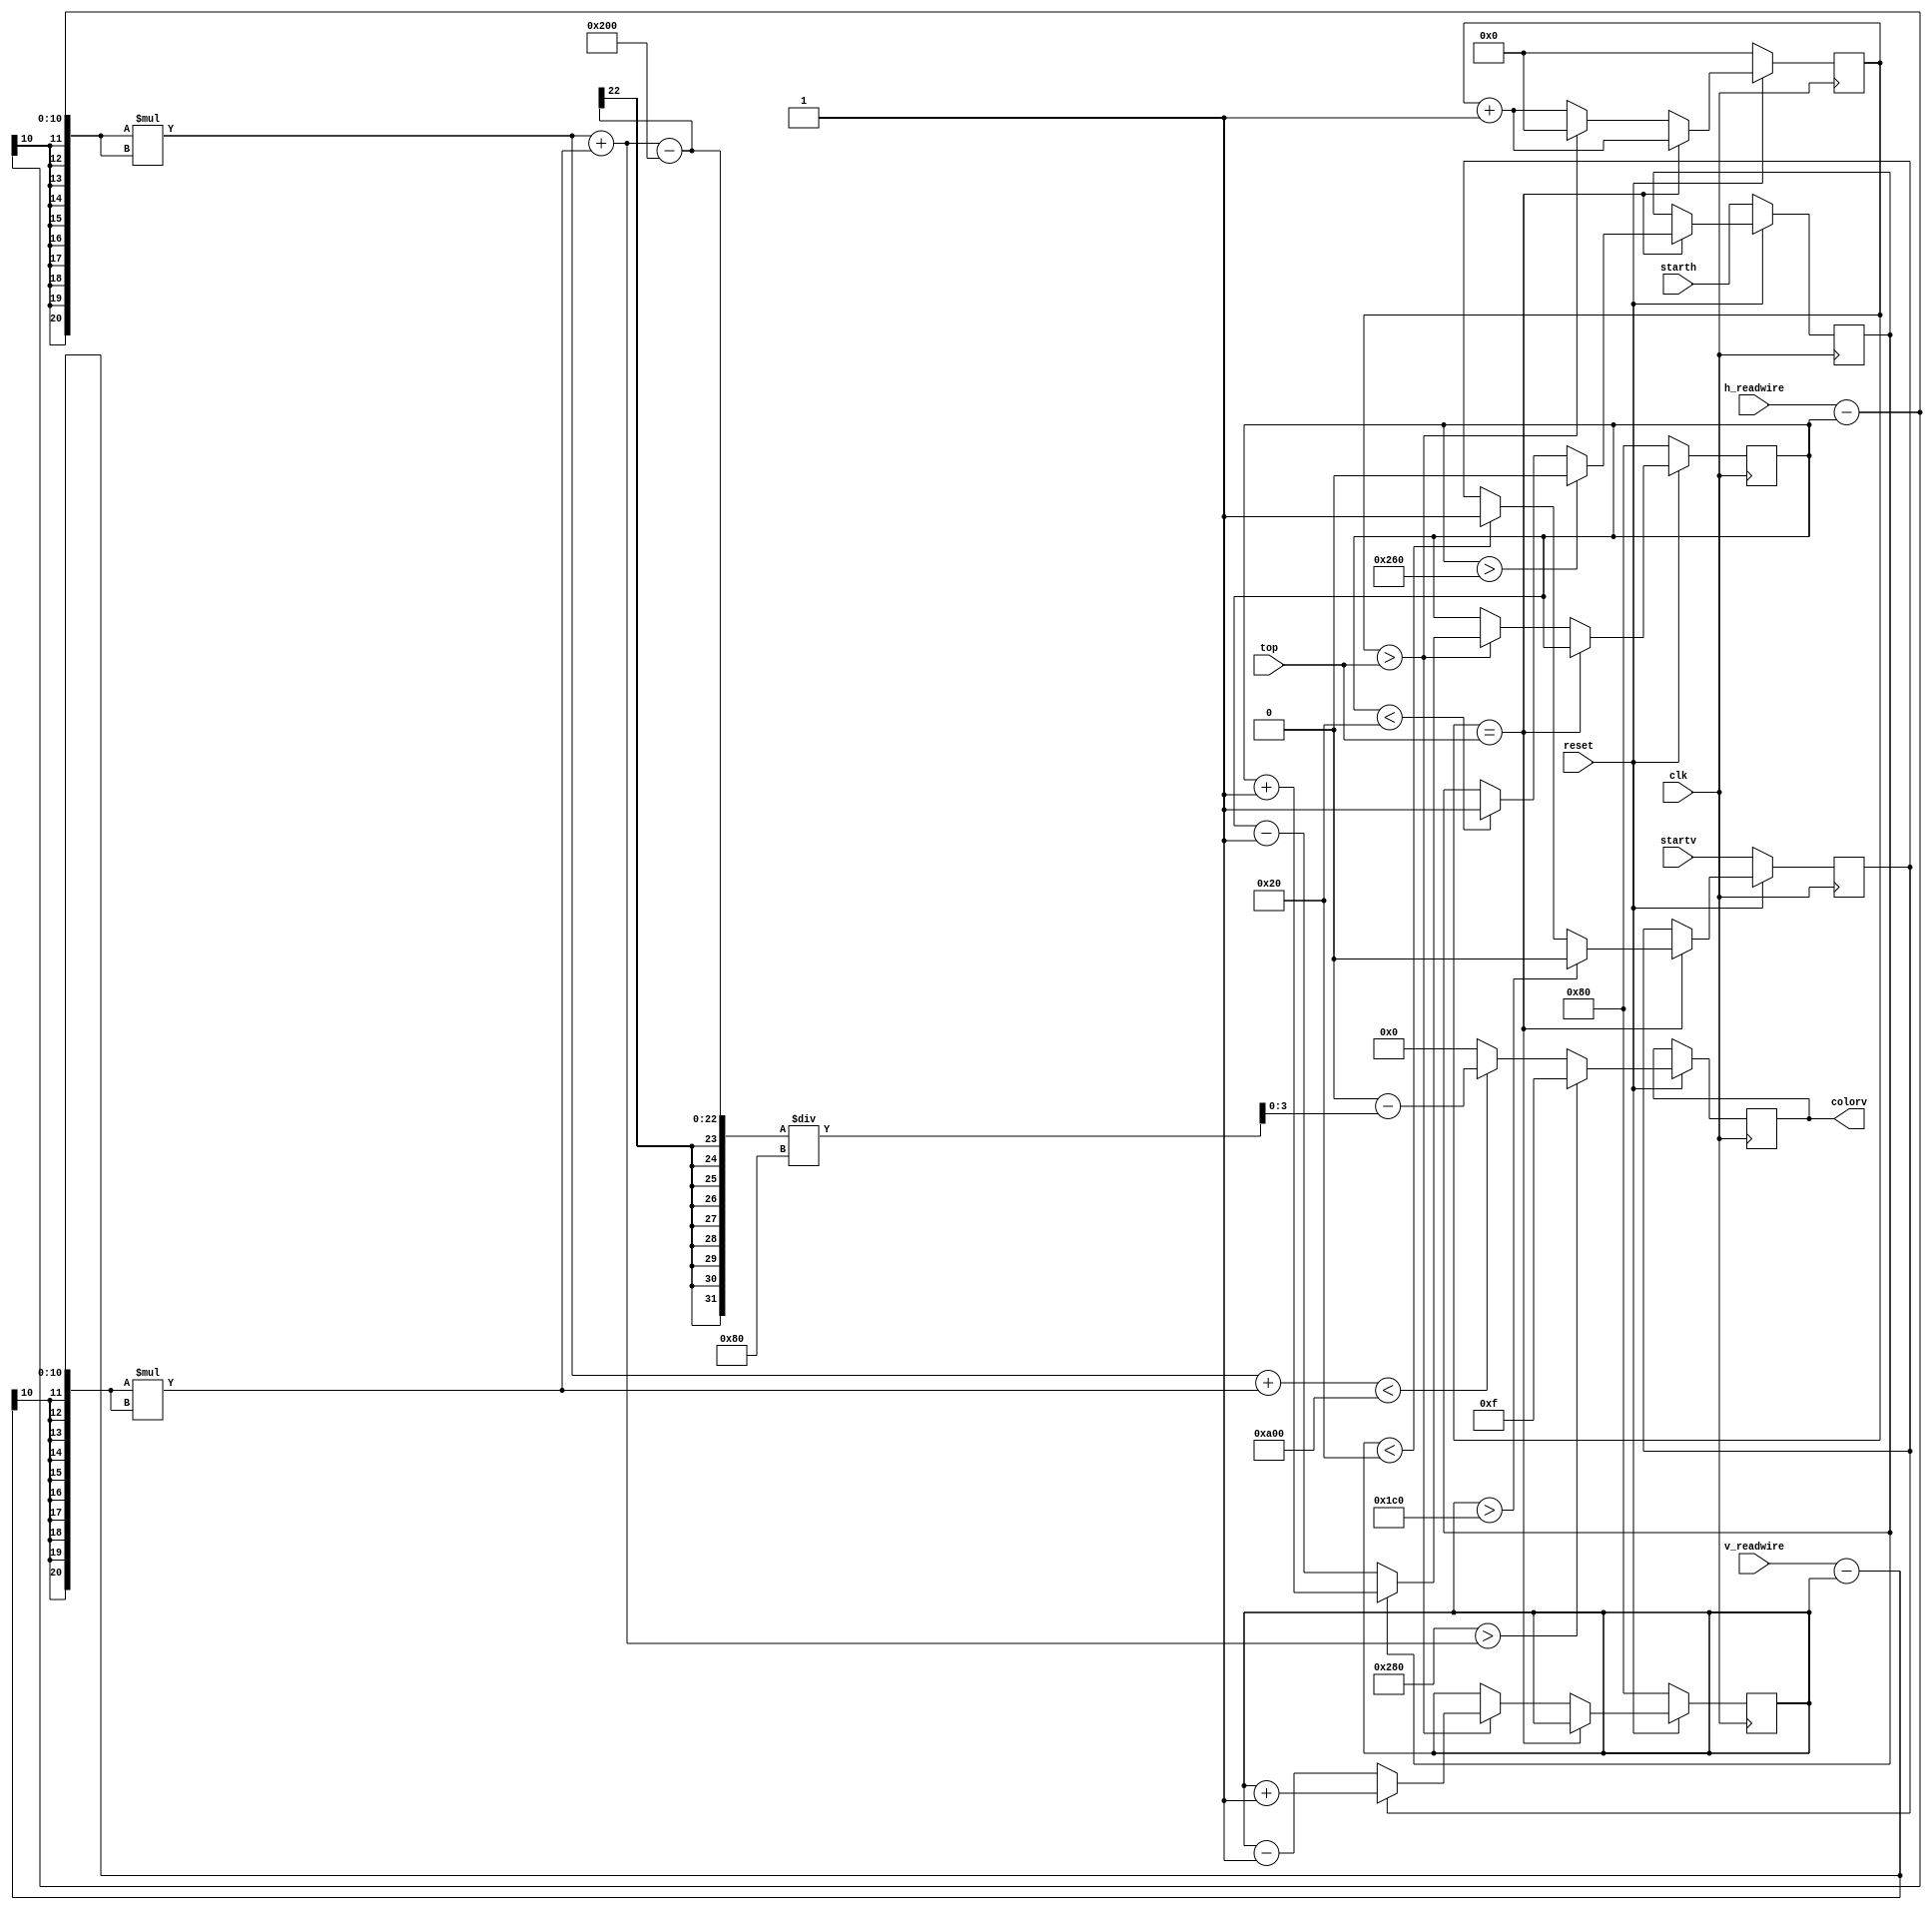
module sphere_renderer(
    input wire clk,
    input wire reset,
    input wire [9:0] h_readwire,
    input wire [9:0] v_readwire,
    output wire [3:0] colorv,
    input wire startv,
    input wire starth,
    input wire [20:0] top
);

    reg [9:0] current_h;
    reg [9:0] current_v;

    wire [20:0] mulwire1;
    assign mulwire1 = (h_readwire - current_h) * (h_readwire - current_h);
    wire [20:0] mulwire2;
    assign mulwire2 = (v_readwire - current_v) * (v_readwire - current_v);
    
    wire [20:0] ballsize = 20'd512;
    reg deltav;
    reg deltah;

    reg [20:0] spdcnt;
    

    always @(posedge clk) begin
        if (!reset) begin
            current_h <= 10'd128;
            current_v <= 10'd128;
            deltav <= startv;
            deltah <= starth;
            spdcnt <= 21'b0;
        end else begin
            colorv <= ballsize + 128 > (mulwire1 + mulwire2) ? 4'b1111 : (mulwire1 + mulwire2) < ballsize + 20'd2048 ? 16 - (((mulwire1 + mulwire2) - ballsize)) / 128 : 4'b0000;
            if (spdcnt == top) begin
                spdcnt <= spdcnt + 1'b1;
                if (current_v < 32) begin
                    deltav <= 1'b1;
                end
                if (current_h < 32) begin
                    deltah <= 1'b1;
                end
                if (current_v > (480 - 32)) begin
                    deltav <= 1'b0;
                end
                if (current_h > (640 - 32)) begin
                    deltah <= 1'b0;
                end
            end else if (spdcnt > top) begin
                if (deltav) begin
                    current_v <= current_v + 1'b1;
                end else begin
                    current_v <= current_v - 1'b1;
                end

                if (deltah) begin
                    current_h <= current_h + 1'b1;
                end else begin
                    current_h <= current_h - 1'b1;
                end

                spdcnt <= 0;
            end else begin
                spdcnt <= spdcnt + 1'b1;
            end
        end
    end

endmodule